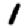
Digit: 1